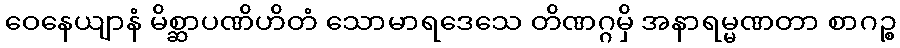
ဝေနေယျာနံ မိစ္ဆာပဏိဟိတံ သောမာရဒေသေ တိဏဂ္ဂမှိ အနာရမ္မဏတာ စာဂဉ္စ